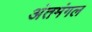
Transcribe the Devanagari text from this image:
अंतमंगल